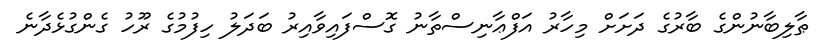
ޠާލިބާނުންގެ ބާރުގެ ދަށަށް މިހާރު އަފްޢާނިސްތާނު ގޮސްފައިވާއިރު ބަދަލު ހިފުމުގެ ރޫހު ގެންގުޅެދާނެ